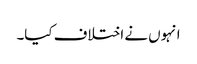
انہوں نے اختلاف کیا۔